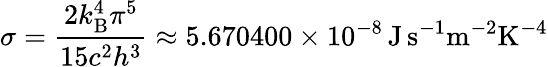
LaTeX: \sigma={\frac{2k_{\mathrm{B}}^{4}\pi^{5}}{15c^{2}h^{3}}}\approx 5.670400\times 10^{-8}\, \mathrm{J\, s^{-1}m^{-2}K^{-4}}